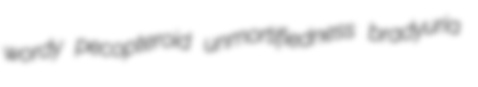
wordy pecopteroid unmortifiedness bradyuria